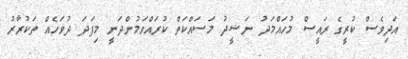
އަދިވެސް ކުރީގެ ރައީސް މުހައްމަދު ނަޝީދު މަސައްކަތް ކުރައްވަމުންދަނީ މިފަދަ ދުވަހެއް ތަކުރާރު